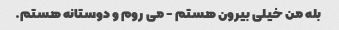
بله من خیلی بیرون هستم - می روم و دوستانه هستم.